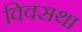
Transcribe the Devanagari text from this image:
विवसथा